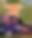
র